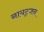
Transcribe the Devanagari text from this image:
नायट्रजन